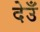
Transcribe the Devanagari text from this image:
देउँ